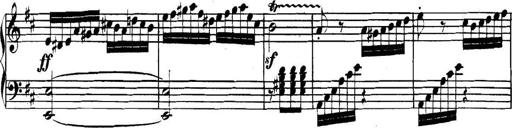
Title: Collected Piano Sonatas
Composer: Muzio Clementi